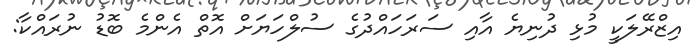
އިޒްރޭލަކީ މުޅި ދުނިޔެ އާއި ސަރަހައްދުގެ ސުލްހަޔަށް އޮތް އެންމެ ބޮޑު ނުރައްކާ: